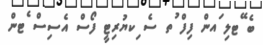
ބެ ޭޓލި ައން ފިފް ުތ ސެ ިކޔުރިޓީ ފޯސް އެސިސް ެޓން